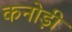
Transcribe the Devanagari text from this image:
कनोड़ी